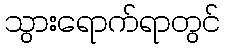
သွားရောက်ရာတွင်